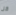
كل